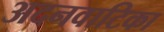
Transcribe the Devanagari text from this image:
अदनवाटिका